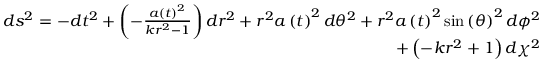
\begin{array} { r } { d s ^ { 2 } = - d t ^ { 2 } + \left( - \frac { a \left( t \right) ^ { 2 } } { k r ^ { 2 } - 1 } \right) d r ^ { 2 } + r ^ { 2 } a \left( t \right) ^ { 2 } d \theta ^ { 2 } + r ^ { 2 } a \left( t \right) ^ { 2 } \sin \left( { \theta } \right) ^ { 2 } d \phi ^ { 2 } } \\ { + \left( - k r ^ { 2 } + 1 \right) d \chi ^ { 2 } } \end{array}